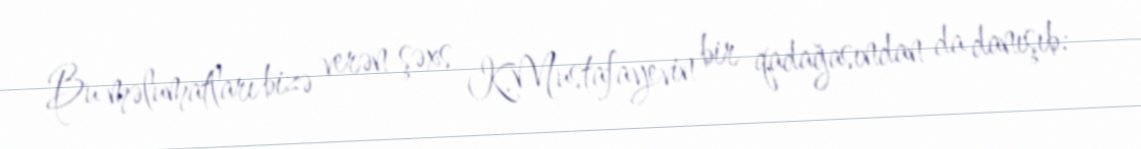
Bu məlumatları bizə verən şəxs K.Mustafayevin bir qadağasından da danışıb: